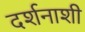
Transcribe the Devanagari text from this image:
दर्शनाशी